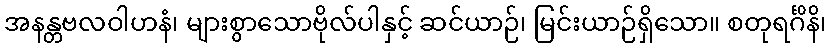
အနန္တဗလဝါဟနံ၊ များစွာသောဗိုလ်ပါနှင့် ဆင်ယာဉ်၊ မြင်းယာဉ်ရှိသော။ စတုရင်္ဂိနိ၊